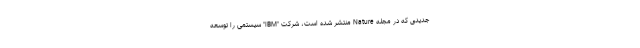
جدیدی که در مجله Nature منتشر شده است، شرکت "IBM" سیستمی را توسعه